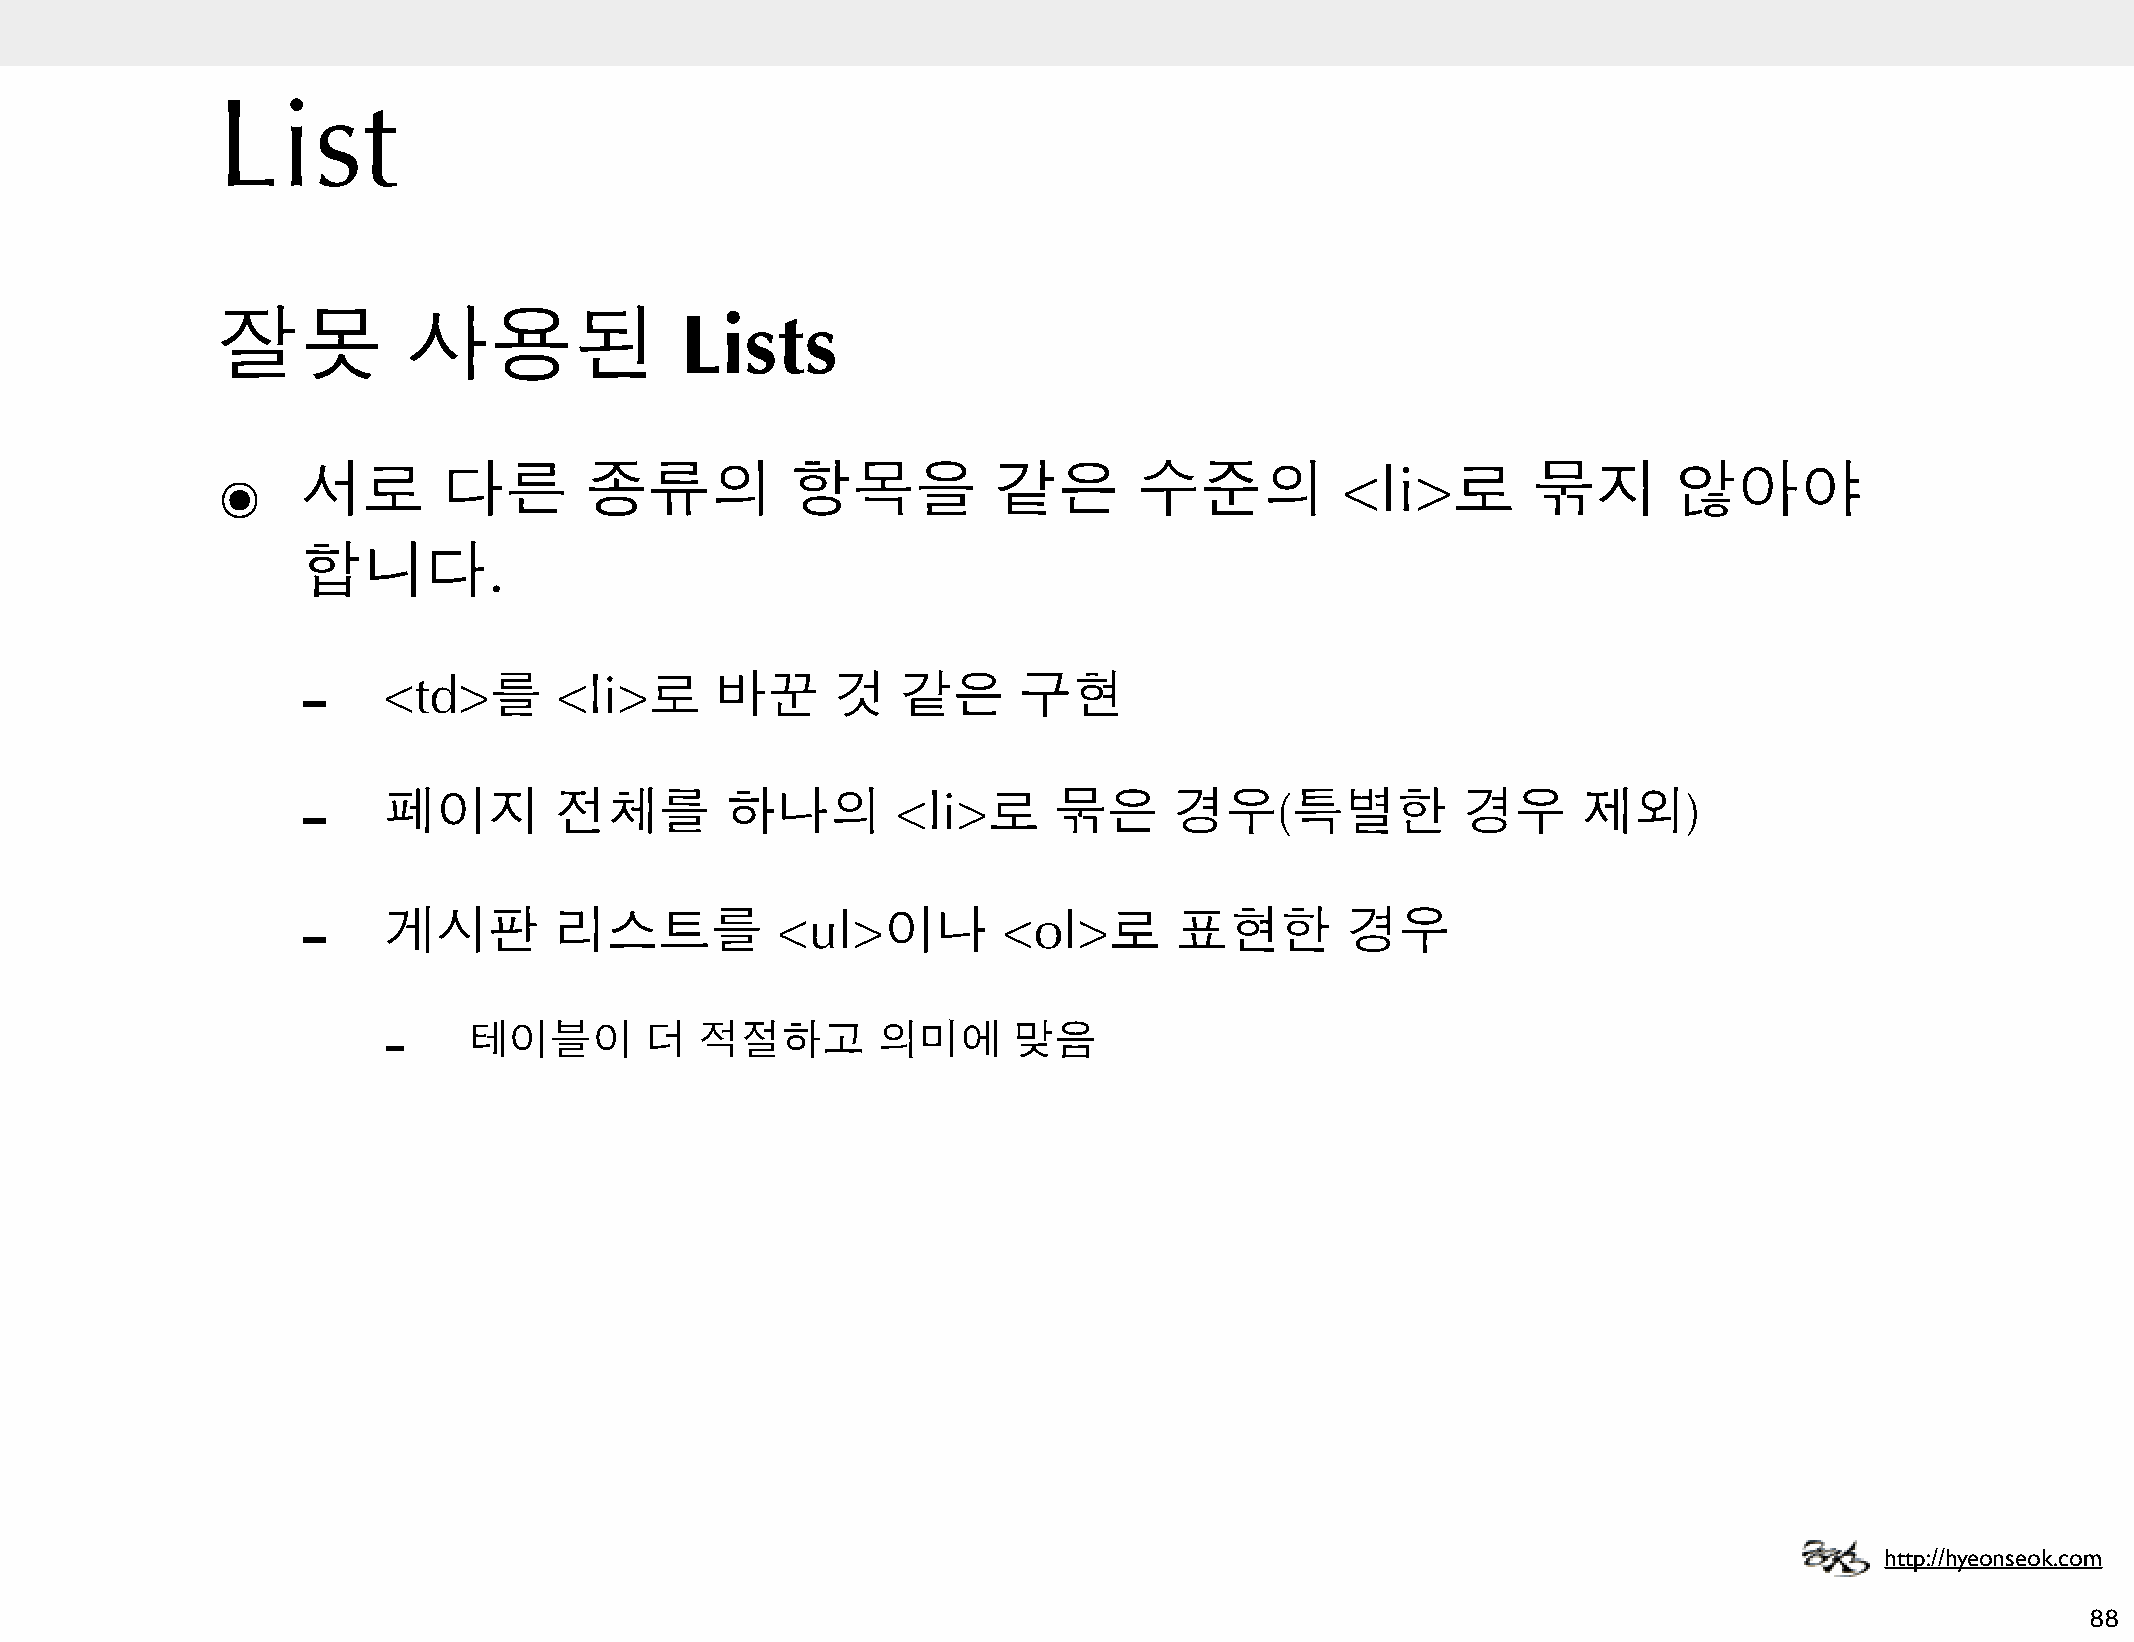
List
 잘못           사용된               Lists
 ๏     서로       다른        종류의          항목을           같은       수준의           <li>로       묶지        않아야
 합니다.
 -
 <td>를       <li>로     바꾼      것    같은     구현
 -
 페이지         전체를        하나의        <li>로      묶은      경우(특별한             경우      제외)
 -
 게시판         리스트를          <ul>이나         <ol>로       표현한        경우
 -
 테이블이        더  적절하고        의미에      맞음
 http://hyeonseok.com
 88